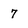
Character: 7